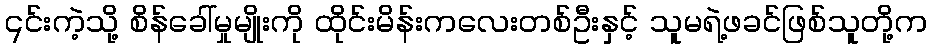
၎င်းကဲ့သို့ စိန်ခေါ်မှုမျိုးကို ထိုင်းမိန်းကလေးတစ်ဦးနှင့် သူမရဲ့ဖခင်ဖြစ်သူတို့က